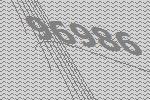
96986